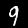
Label: 9